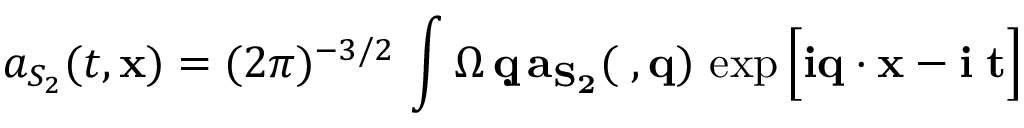
a _ { S _ { 2 } } ( t , { \bf x } ) = ( 2 \pi ) ^ { - 3 / 2 } \, \int \d \Omega \, \d { \bf q } \, a _ { S _ { 2 } } ( \Omega , { \bf q } ) \, \exp \Big [ i { \bf q } \cdot { \bf x } - i \Omega t \Big ]